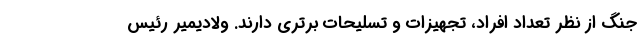
جنگ از نظر تعداد افراد، تجهیزات و تسلیحات برتری دارند. ولادیمیر رئیس